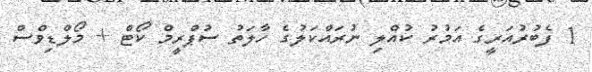
1 ފެބުރުއަރީގެ އަމުރު ކުއްލި ނުރައްކަލުގެ ހާލަތު ސުޕްރީމް ކޯޓް + މޯލްޑިވްސް